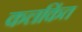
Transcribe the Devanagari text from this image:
कलकिंत